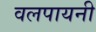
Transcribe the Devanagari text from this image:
वलपायनी